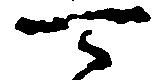
可